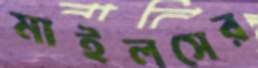
মাইলসের